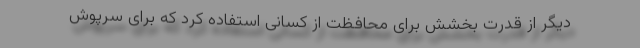
دیگر از قدرت بخشش برای محافظت از کسانی استفاده کرد که برای سرپوش